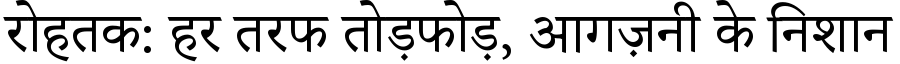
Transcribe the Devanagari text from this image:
रोहतक: हर तरफ तोड़फोड़, आगज़नी के निशान